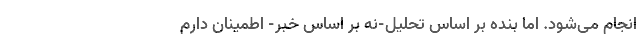
انجام می‌شود. اما بنده بر اساس تحلیل-نه بر اساس خبر- اطمینان دارم